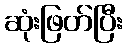
ဆုံးဖြတ်ပြီး